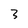
Character: 3